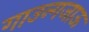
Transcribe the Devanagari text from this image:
गाउन्गजाऊ